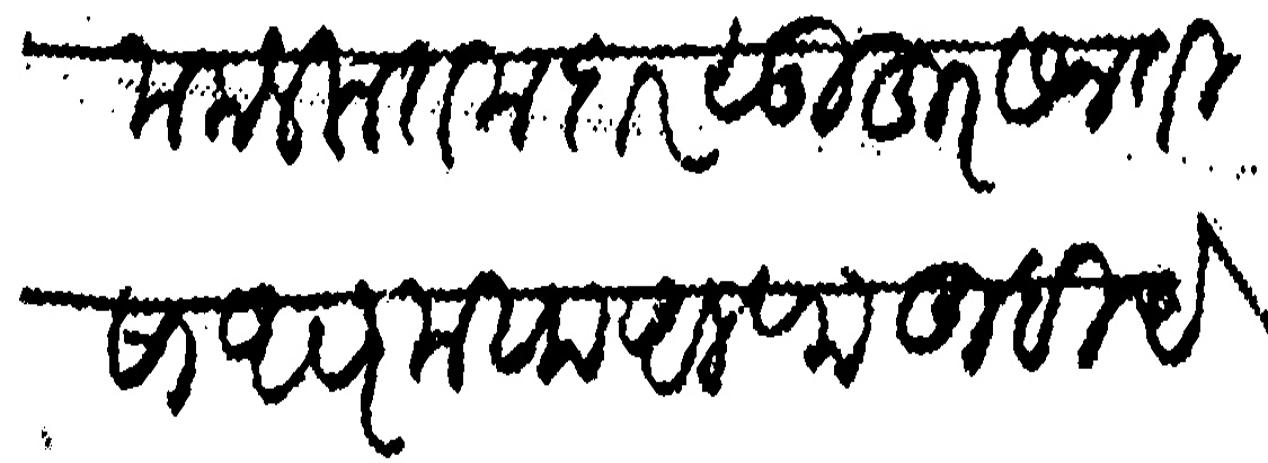
Transliteration (Devanagari): ममलकतमदार सुहुर सन तीसा असर मया व अलफ तुम्ही येऊन